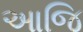
આજિ